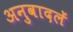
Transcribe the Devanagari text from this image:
अनुवादलें